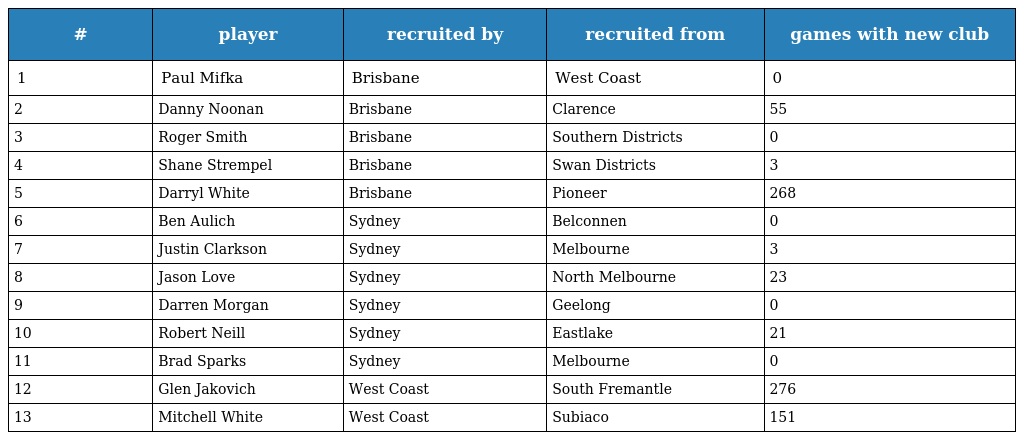
| # | player | recruited by | recruited from | games with new club |
 | --- | --- | --- | --- | --- |
 | 1 | Paul Mifka | Brisbane | West Coast | 0 |
 | 2 | Danny Noonan | Brisbane | Clarence | 55 |
 | 3 | Roger Smith | Brisbane | Southern Districts | 0 |
 | 4 | Shane Strempel | Brisbane | Swan Districts | 3 |
 | 5 | Darryl White | Brisbane | Pioneer | 268 |
 | 6 | Ben Aulich | Sydney | Belconnen | 0 |
 | 7 | Justin Clarkson | Sydney | Melbourne | 3 |
 | 8 | Jason Love | Sydney | North Melbourne | 23 |
 | 9 | Darren Morgan | Sydney | Geelong | 0 |
 | 10 | Robert Neill | Sydney | Eastlake | 21 |
 | 11 | Brad Sparks | Sydney | Melbourne | 0 |
 | 12 | Glen Jakovich | West Coast | South Fremantle | 276 |
 | 13 | Mitchell White | West Coast | Subiaco | 151 |